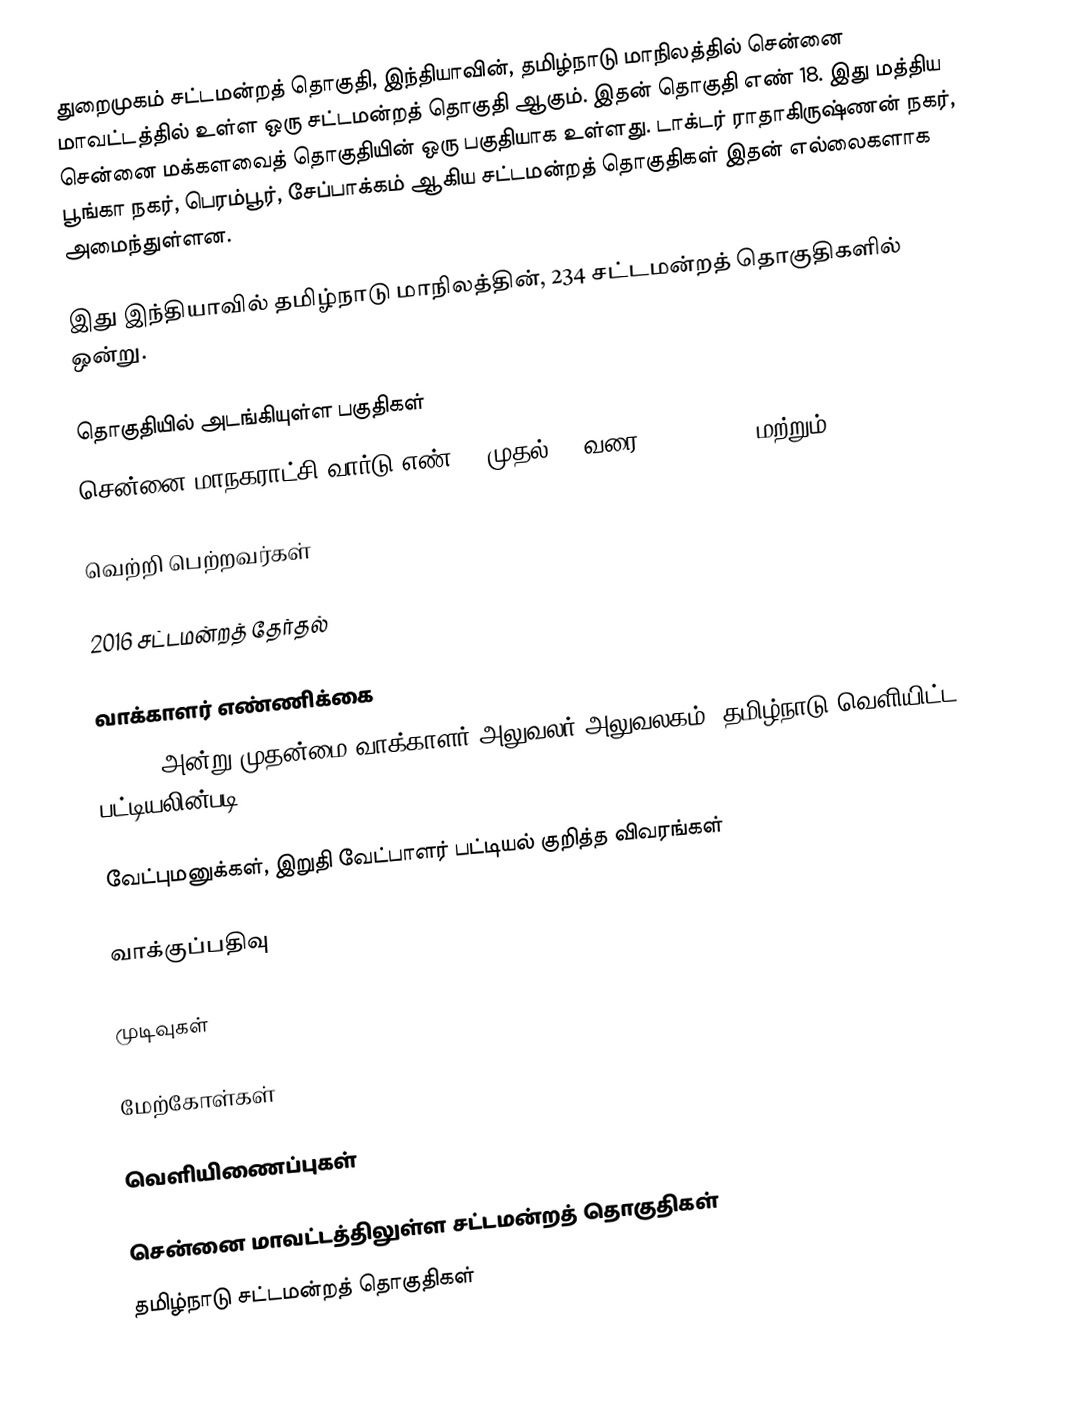
துறைமுகம் சட்டமன்றத் தொகுதி, இந்தியாவின், தமிழ்நாடு மாநிலத்தில்  சென்னை மாவட்டத்தில் உள்ள ஒரு சட்டமன்றத் தொகுதி ஆகும். இதன் தொகுதி எண் 18. இது மத்திய சென்னை மக்களவைத் தொகுதியின் ஒரு பகுதியாக உள்ளது. டாக்டர் ராதாகிருஷ்ணன் நகர், பூங்கா நகர், பெரம்பூர், சேப்பாக்கம் ஆகிய சட்டமன்றத் தொகுதிகள் இதன் எல்லைகளாக அமைந்துள்ளன.

இது இந்தியாவில் தமிழ்நாடு மாநிலத்தின், 234 சட்டமன்றத் தொகுதிகளில் ஒன்று.

தொகுதியில் அடங்கியுள்ள பகுதிகள்
சென்னை மாநகராட்சி வார்டு எண் 23 முதல் 30 வரை, 43, 44, 48 மற்றும் 80.

வெற்றி பெற்றவர்கள்

2016 சட்டமன்றத் தேர்தல்

வாக்காளர் எண்ணிக்கை
, 2016 அன்று முதன்மை வாக்காளர் அலுவலர் அலுவலகம், தமிழ்நாடு வெளியிட்ட பட்டியலின்படி,

வேட்புமனுக்கள், இறுதி வேட்பாளர் பட்டியல் குறித்த விவரங்கள்

வாக்குப்பதிவு

முடிவுகள்

மேற்கோள்கள்

வெளியிணைப்புகள்

சென்னை மாவட்டத்திலுள்ள சட்டமன்றத் தொகுதிகள்
தமிழ்நாடு சட்டமன்றத் தொகுதிகள்